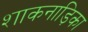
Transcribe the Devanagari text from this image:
शाकनाड़िका